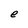
Character: e